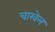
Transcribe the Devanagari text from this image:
चाखेल